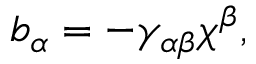
b _ { \alpha } = - \gamma _ { \alpha \beta } \chi ^ { \beta } ,